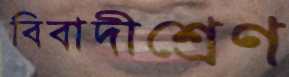
বিবাদীশ্রেণ